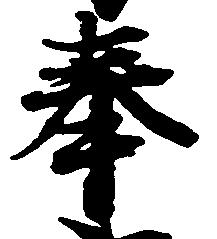
奉